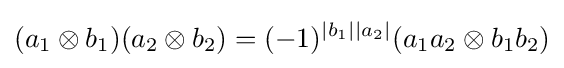
(a_{1}\otimes b_{1})(a_{2}\otimes b_{2})=(-1)^{|b_{1}||a_{2}|}(a_{1}a_{2}\otimes b_{1}b_{2})